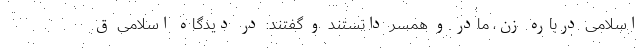
اسلامی درباره زن، مادر و همسر دانستند و گفتند: در دیدگاه اسلامی ق